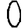
Digit: 0